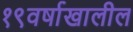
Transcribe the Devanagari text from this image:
१९वर्षाखालील